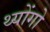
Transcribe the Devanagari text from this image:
थ्योंगो